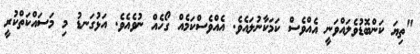
"ތިޔަ ކަންބޮޑުވެލައްވަނީ އެއްވެސް ކަމަކާނުލައެވެ. އެއްވެސްކަމެއް ގޯހެއް ނުވެއެވެ. އަޅުގަނޑު މި މަސައްކަތްކުރީ